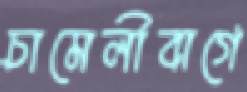
চামেলীবাগে